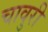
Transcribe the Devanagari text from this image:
चावुरी